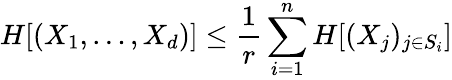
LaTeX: H[(X_{1},\dots,X_{d})]\leq{\frac{1}{r}}\sum_{i=1}^{n}H[(X_{j})_{j\in S_{i}}]